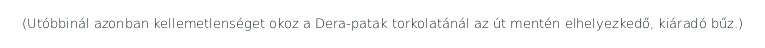
(Utóbbinál azonban kellemetlenséget okoz a Dera-patak torkolatánál az út mentén elhelyezkedő, kiáradó bűz.)